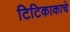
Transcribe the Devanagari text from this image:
टिटिकाकाचे